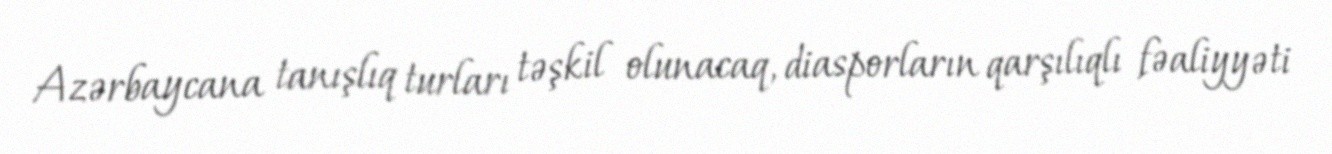
Azərbaycana tanışlıq turları təşkil olunacaq, diasporların qarşılıqlı fəaliyyəti